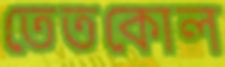
তেতকোল